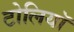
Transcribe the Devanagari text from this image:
टोलियॉ